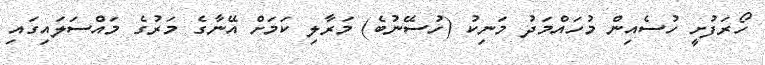
ހޯރަފުށީ ހުސެއިން މުހައްމަދު މަނިކު (ހުސޭނުބެ) މަރާލި ކަމަށް އޭނާގެ މަރުގެ މައްސަލައިގައި